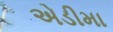
એડીમા